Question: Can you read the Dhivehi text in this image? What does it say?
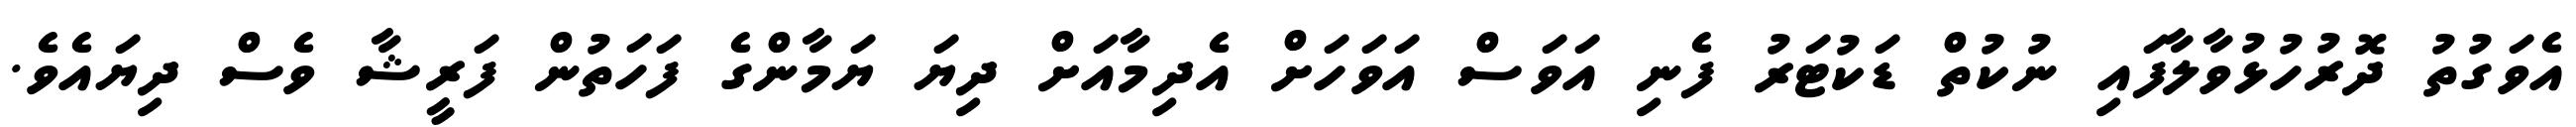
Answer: އެވަގުތު ދޮރުހުޅުވާލާފައި ނުކުތް ޑަކުޓަރު ފެނި އަވަސް އަވަހަށް އެދިމާއަށް ދިޔަ ޔަމާންގެ ފަހަތުން ފަރީޝާ ވެސް ދިޔައެވެ.